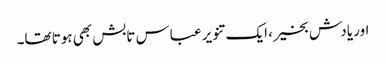
اور یادش بخیر، ایک تنویر عباس تابش بھی ہوتا تھا۔